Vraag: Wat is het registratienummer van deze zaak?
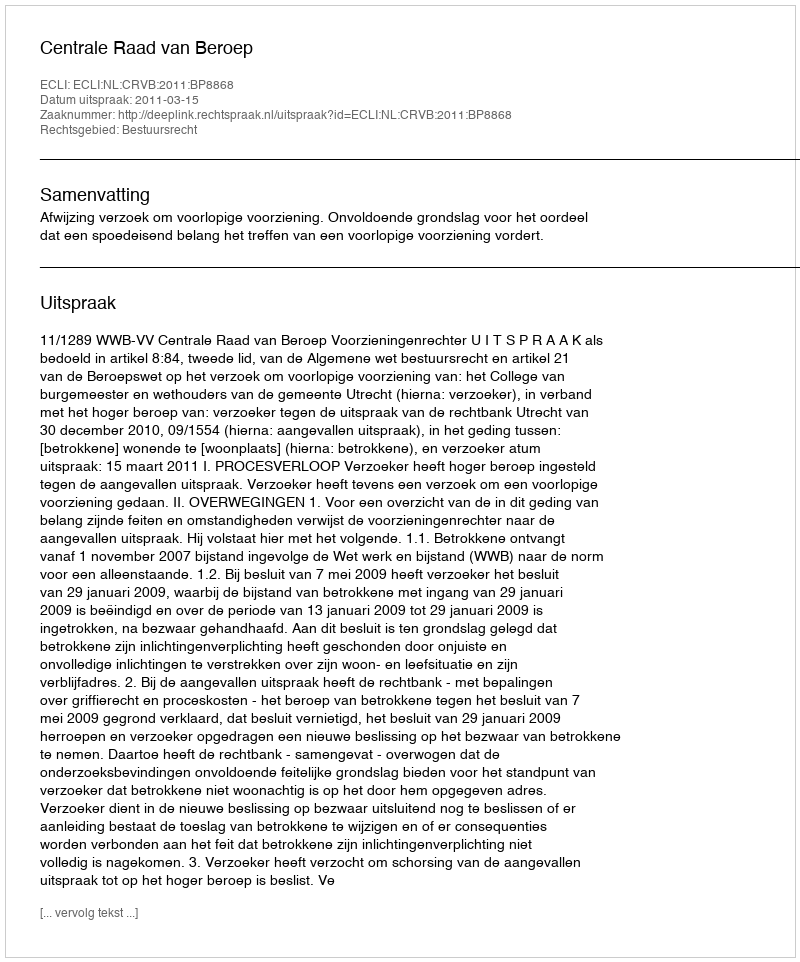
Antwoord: http://deeplink.rechtspraak.nl/uitspraak?id=ECLI:NL:CRVB:2011:BP8868